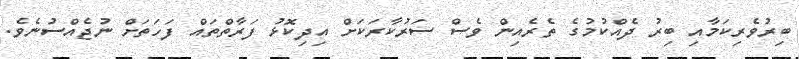
ބިރުވެރިކަމާއި ބިރު ދެއްކުމުގެ ތެރެއިން ވެސް ސަރުކާރަކަށް އިދިކޮޅު ފަރާތްތައް ފަހަތަށް ނުޖެއްސުނެވެ.